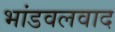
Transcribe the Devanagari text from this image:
भांडवलवाद